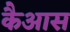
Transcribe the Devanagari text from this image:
कैआस